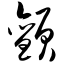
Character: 颤